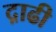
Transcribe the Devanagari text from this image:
द़ाढी